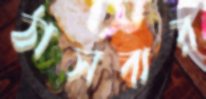
ঠাসবার